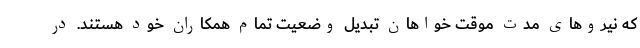
که نیروهای مدت موقت خواهان تبدیل وضعیت تمام همکاران خود هستند. در